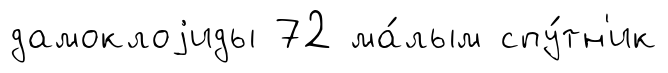
дамоклоjиды 72 ма́лым спу́тн'ик